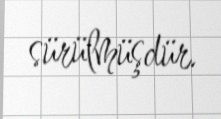
sürülmüşdür.